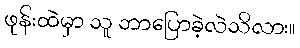
ဖုန်းထဲမှာ သူ ဘာပြောခဲ့လဲသိလား။